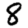
Digit: 8